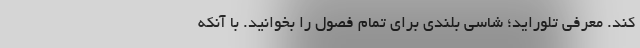
کند. معرفی تلوراید؛ شاسی بلندی برای تمام فصول را بخوانید. با آنکه